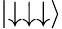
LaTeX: \mid\downarrow\downarrow\downarrow\rangle